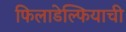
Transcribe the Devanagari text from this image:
फिलाडेल्फियाची